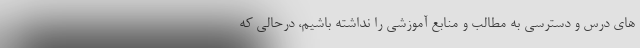
های درس و دسترسی به مطالب و منابع آموزشی را نداشته باشیم، درحالی که